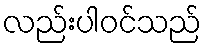
လည်းပါဝင်သည်